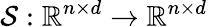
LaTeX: \mathcal{S}:\mathbb{R}^{n\times d}\rightarrow\mathbb{R}^{n\times d}